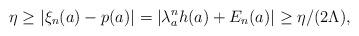
LaTeX: \begin{align*} \eta \geq |\xi_n(a) - p(a)| = | \lambda_a^n h(a) + E_n(a) | \geq \eta/(2\Lambda), \end{align*}